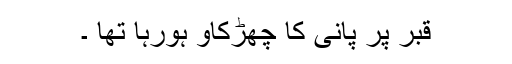
قبر پر پانی کا چھڑکاؤ ہورہا تھا ۔